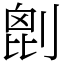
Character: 𠞇